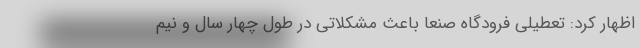
اظهار کرد: تعطیلی فرودگاه صنعا باعث مشکلاتی در طول چهار سال و نیم